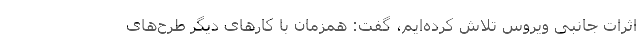
اثرات جانبی ویروس تلاش‌ کرده‌ایم، گفت: همزمان با کارهای دیگر طرح‌های